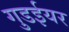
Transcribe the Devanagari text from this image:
गुडईयर